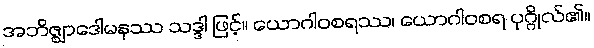
အဘိဇ္ဈာဒေါမနဿ သဒ္ဒါ ဖြင့်။ ယောဂါဝစရဿ၊ ယောဂါဝစရ ပုဂ္ဂိုလ်၏။